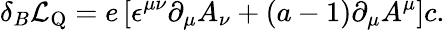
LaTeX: \delta_{B}{\cal L}_{\mathrm{Q}}=e\left[\epsilon^{\mu\nu}\partial_{\mu}A_{\nu}+(a-1)\partial_{\mu}A^{\mu}\right]c.